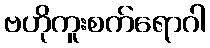
ဗဟိုကူးစက်ရောဂါ